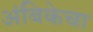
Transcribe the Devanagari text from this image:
अंबिकेचा